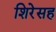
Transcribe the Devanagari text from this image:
शिरेसह